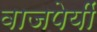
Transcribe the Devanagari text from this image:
वाजपेयीं